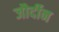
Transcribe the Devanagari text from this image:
जौर्दीन